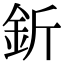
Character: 釿